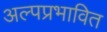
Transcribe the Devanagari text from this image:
अल्पप्रभावित